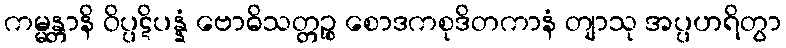
ကမ္မန္တာနိ ဝိပ္ပဋိပန္နံ ဗောဓိသတ္တဉ္စ စောဒကစုဒိတကာနံ တျာသု အပ္ပဟရိတွာ